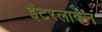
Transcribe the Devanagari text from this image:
इंटरलाकेन